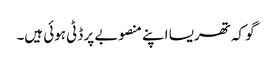
گو کہ تھریسا اپنے منصوبے پر ڈٹی ہوئی ہیں۔